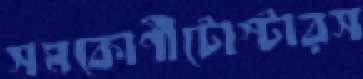
সমকোণীটোস্টারস